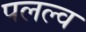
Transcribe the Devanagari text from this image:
पलल्व